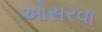
ઓસરવા